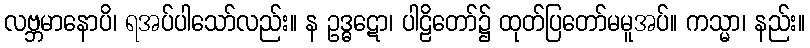
လဗ္ဘမာနောပိ၊ ရအပ်ပါသော်လည်း။ န ဥဒ္ဓဋော၊ ပါဠိတော်၌ ထုတ်ပြတော်မမူအပ်။ ကသ္မာ၊ နည်း။